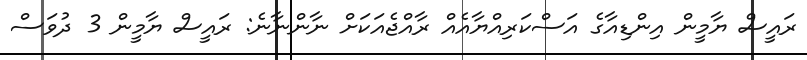
ރައީސް ޔާމީން އިންޑިއާގެ އަސްކަރިއްޔާއެއް ރާއްޖެއަކަށް ނާންނާނެ: ރައީސް ޔާމީން 3 ދުވަސް